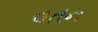
વતન